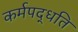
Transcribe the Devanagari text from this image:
कर्मपद्धति